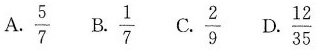
A.\frac{5}{7} B.\frac{1}{7} C.\frac{2}{9} D.\frac{12}{35}